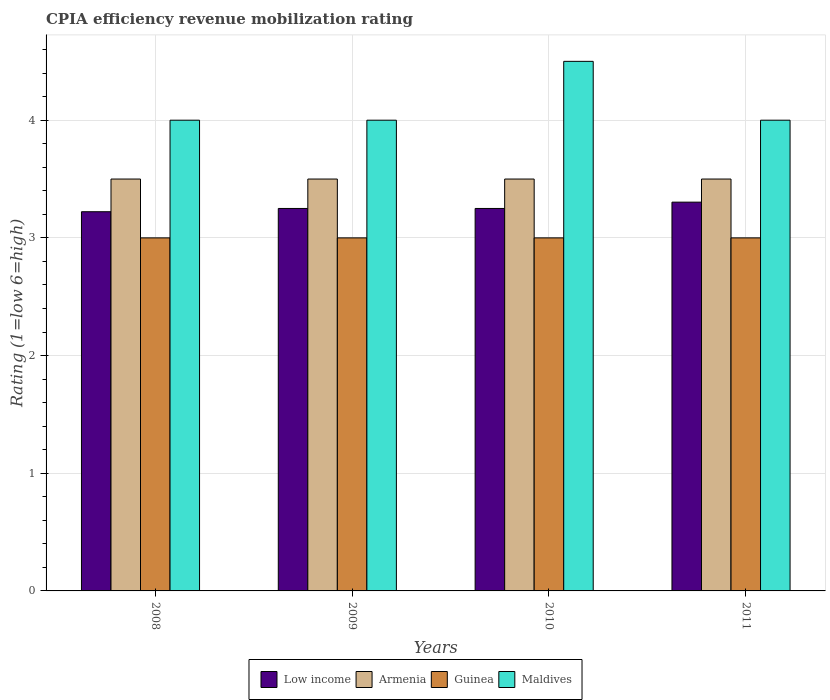
| Years | Low income | Armenia | Guinea | Maldives |
 | --- | --- | --- | --- | --- |
 | 2008 | 3.22 | 3.5 | 3 | 4 |
 | 2009 | 3.25 | 3.5 | 3 | 4 |
 | 2010 | 3.25 | 3.5 | 3 | 4.5 |
 | 2011 | 3.3 | 3.5 | 3 | 4 |